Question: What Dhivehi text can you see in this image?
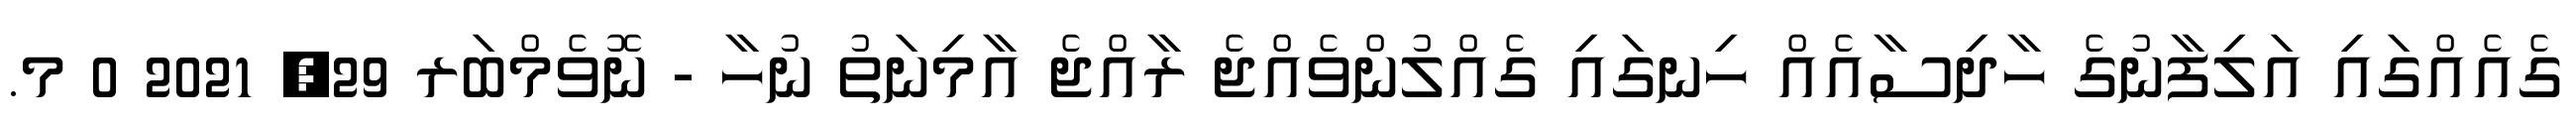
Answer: ގެއެއްގައި އަލިފާނުގެ ހާދިސާއެއް ހިނގައި ގެއްލުންވެއްޖެ ރާއްޖެ އާމިނަތު ނުހާ - ނޮވެމްބަރ 29, 2021 0 މ.